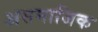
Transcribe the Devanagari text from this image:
असमाजिक